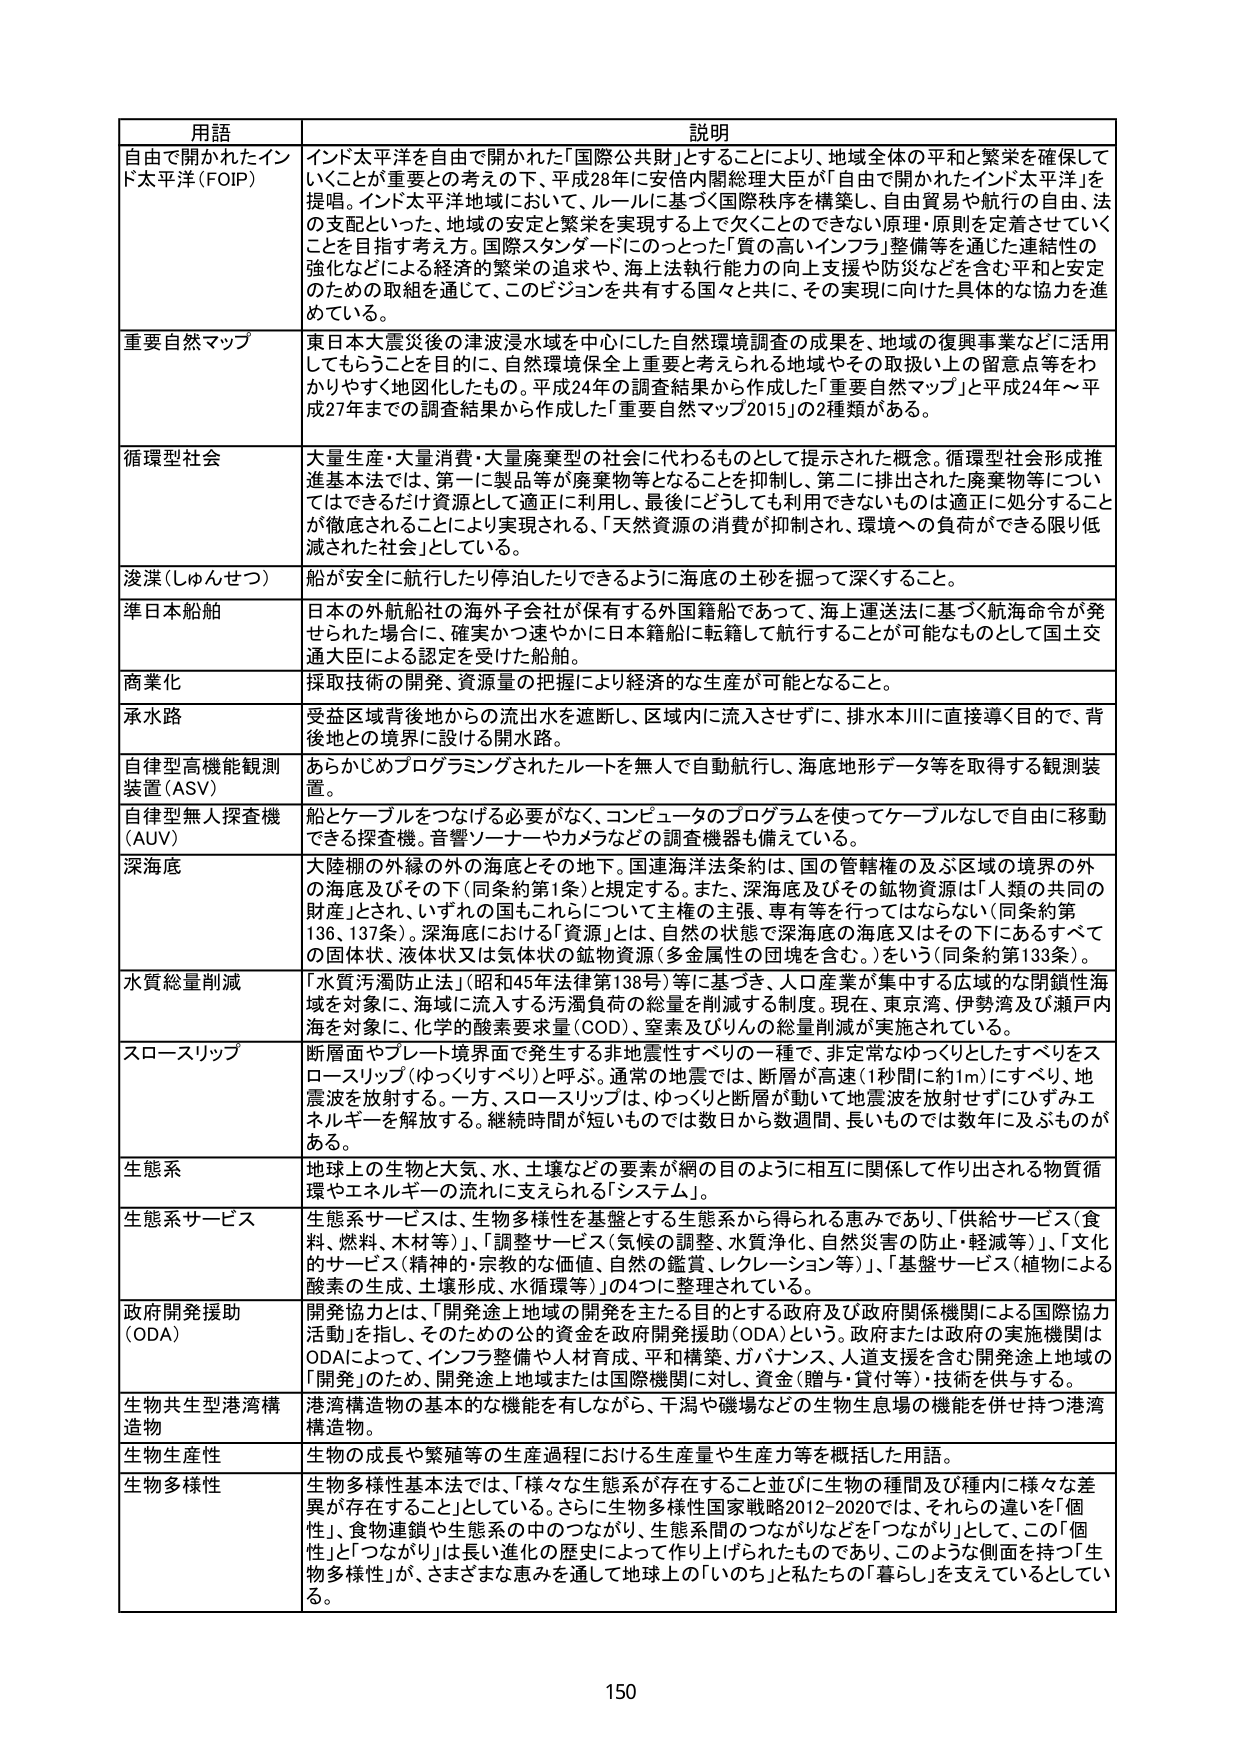
用語 説明
自由で開かれたインド太平洋（FOIP） インド太平洋を自由で開かれた「国際公共財」とすることにより、地域全体の平和と繁栄を確保していくことが重要との考えの下、平成28年に安倍内閣総理大臣が「自由で開かれたインド太平洋」を提唱。インド太平洋地域において、ルールに基づく国際秩序を構築し、自由貿易や航行の自由、法の支配といった、地域の安定と繁栄を実現する上で欠くことのできない原理・原則を定着させていくことを目指す考え方。国際スタンダードにのっとった「質の高いインフラ」整備等を通じた連結性の強化などによる経済的繁栄の追求や、海上法執行能力の向上支援や防災などを含む平和と安定のための取組を通じて、このビジョンを共有する国々と共に、その実現に向けた具体的な協力を進めている。
重要自然マップ 東日本大震災後の津波浸水域を中心にした自然環境調査の成果を、地域の復興事業などに活用してもらうことを目的に、自然環境保全上重要と考えられる地域やその取扱い上の留意点等をわかりやすく地図化したもの。平成24年の調査結果から作成した「重要自然マップ」と平成24年～平成27年までの調査結果から作成した「重要自然マップ2015」の2種類がある。
循環型社会 大量生産・大量消費・大量廃棄型の社会に代わるものとして提示された概念。循環型社会形成推進基本法では、第一に製品等が廃棄物等となることを抑制し、第二に排出された廃棄物等についてはできるだけ資源として適正に利用し、最後にどうしても利用できないものは適正に処分することが徹底されることにより実現される、「天然資源の消費が抑制され、環境への負荷ができる限り低減された社会」としている。
浚渫（しゅんせつ） 船が安全に航行したり停泊したりできるように海底の土砂を掘って深くすること。
準日本船舶 日本の外航船社の海外子会社が保有する外国籍船であって、海上運送法に基づく航海命令が発せられた場合に、確実かつ速やかに日本籍船に転籍して航行することが可能なものとして国土交通大臣による認定を受けた船舶。
商業化 採取技術の開発、資源量の把握により経済的な生産が可能となること。
承水路 受益区域背後地からの流出水を遮断し、区域内に流入させずに、排水本川に直接導く目的で、背後地との境界に設ける開水路。
自律型高機能観測装置（ASV） あらかじめプログラミングされたルートを無人で自動航行し、海底地形データ等を取得する観測装置。
自律型無人探査機（AUV） 船とケーブルをつなげる必要がなく、コンピュータのプログラムを使ってケーブルなしで自由に移動できる探査機。音響ソナーやカメラなどの調査機器も備えている。
深海底 大陸棚の外縁の外の海底とその地下。国連海洋法条約は、国の管轄権の及ぶ区域の境界の外の海底及びその下（同条約第1条）と規定する。また、深海底及びその鉱物資源は「人類の共同の財産」とされ、いずれの国もこれらについて主権の主張、専有等を行ってはならない（同条約第136、137条）。深海底における「資源」とは、自然の状態で深海底の海底又はその下にあるすべての固体状、液体状又は気体状の鉱物資源（多金属性の団塊を含む。）をいう（同条約第133条）。
水質総量削減 「水質汚防法」（昭和45年法律第138号）等に基づき、人口産業が集中する広域的な閉鎖性海域を対象に、海域に流入する汚濁負荷の総量を削減する制度。現在、東京湾、伊勢湾及び瀬戸内海を対象に、化学的酸素要求量（COD）、窒素及びりんの総量削減が実施されている。
スロースリップ 断層面やプレート境界面で発生する非地震性すべりの一種で、非定常なゆっくりとしたすべりをスロースリップ（ゆっくりすべり）と呼ぶ。通常の地震では、断層が高速（1秒間に約1m）にすべり、地震波を放射する。一方、スロースリップは、ゆっくりと断層が動いて地震波を放射せずにひずみエネルギーを解放する。継続時間が短いものでは数日から数週間、長いものでは数年に及ぶものがある。
生態系 地球上の生物と大気、水、土壌などの要素が網の目のように相互に関係して作り出される物質循環やエネルギーの流れで支えられる「システム」。
生態系サービス 生態系サービスは、生物多様性を基盤とする生態系から得られる恵みであり、「供給サービス（食料、燃料、木材等）」、「調整サービス（気候の調整、水質浄化、自然災害の防止・軽減等）」、「文化的サービス（精神的・宗教的な価値、自然の鑑賞、レクレーション等）」、「基盤サービス（植物による酸素の生成、土壌形成、水循環等）」の4つに整理されている。
政府開発援助（ODA） 開発協力とは、「開発途上地域の開発を主たる目的とする政府及び政府関係機関による国際協力活動」を指し、そのための公的資金を政府開発援助（ODA）という。政府または政府の実施機関はODAによって、インフラ整備や人材育成、平和構築、ガバナンス、人道支援を含む開発途上地域の「開発」のため、開発途上地域または国際機関に対し、資金（贈与・貸付等）・技術を供与する。
生物共生型港湾構造物 港湾構造物の基本的な機能を有しながら、干潟や磯場などの生物生息場の機能を併せ持つ港湾構造物。
生物生産性 生物の成長や繁殖等の生産過程における生産量や生産力等を概括した用語。
生物多様性 生物多様性基本法では、「様々な生態系が存在すること並びに生物の種間及び種内に様々な差異が存在すること」としている。さらに生物多様性国家戦略2012-2020では、「それらの違いを「個性」、食物連鎖や生態系の中のつながり、生態系間のつながりなどを「つながり」として、この「個性」と「つながり」は長い進化の歴史によって作り上げられたものであり、このような側面を持つ「生物多様性」が、さまざまな恵みを通して地球上の「いのち」と私たちの「暮らし」を支えているとしている。
150